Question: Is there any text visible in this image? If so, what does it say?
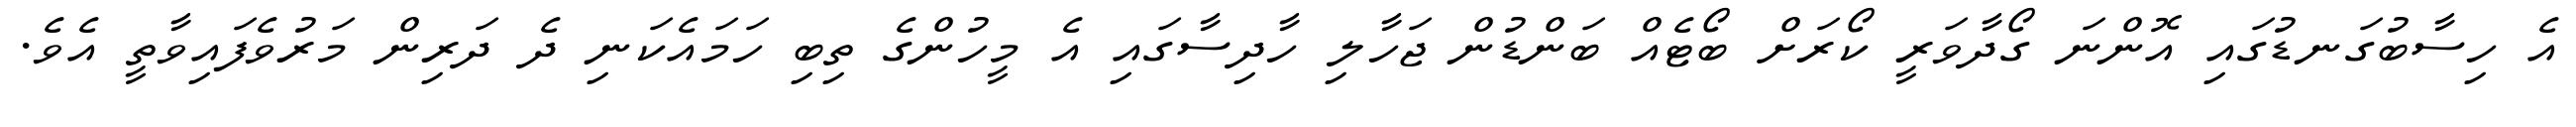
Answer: އެ ހިސާބުގަނޑުގައި އޮންނަ ގޯދާވަރީ ކޯރަށް ބޯޓެއް ބަންޑުން ޖަހާލި ހާދިސާގައި އެ މީހުންގެ ތިބި ހަމައެކަނި ދެ ދަރިން މަރުވެފައިވާތީ އެވެ.